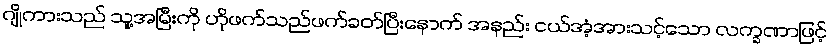
ဂျိုကားသည် သူ့အမြီးကို ဟိုဖက်သည်ဖက်ခတ်ပြီးနောက် အနည်း ငယ်အံ့အားသင့်သော လက္ခဏာဖြင့်